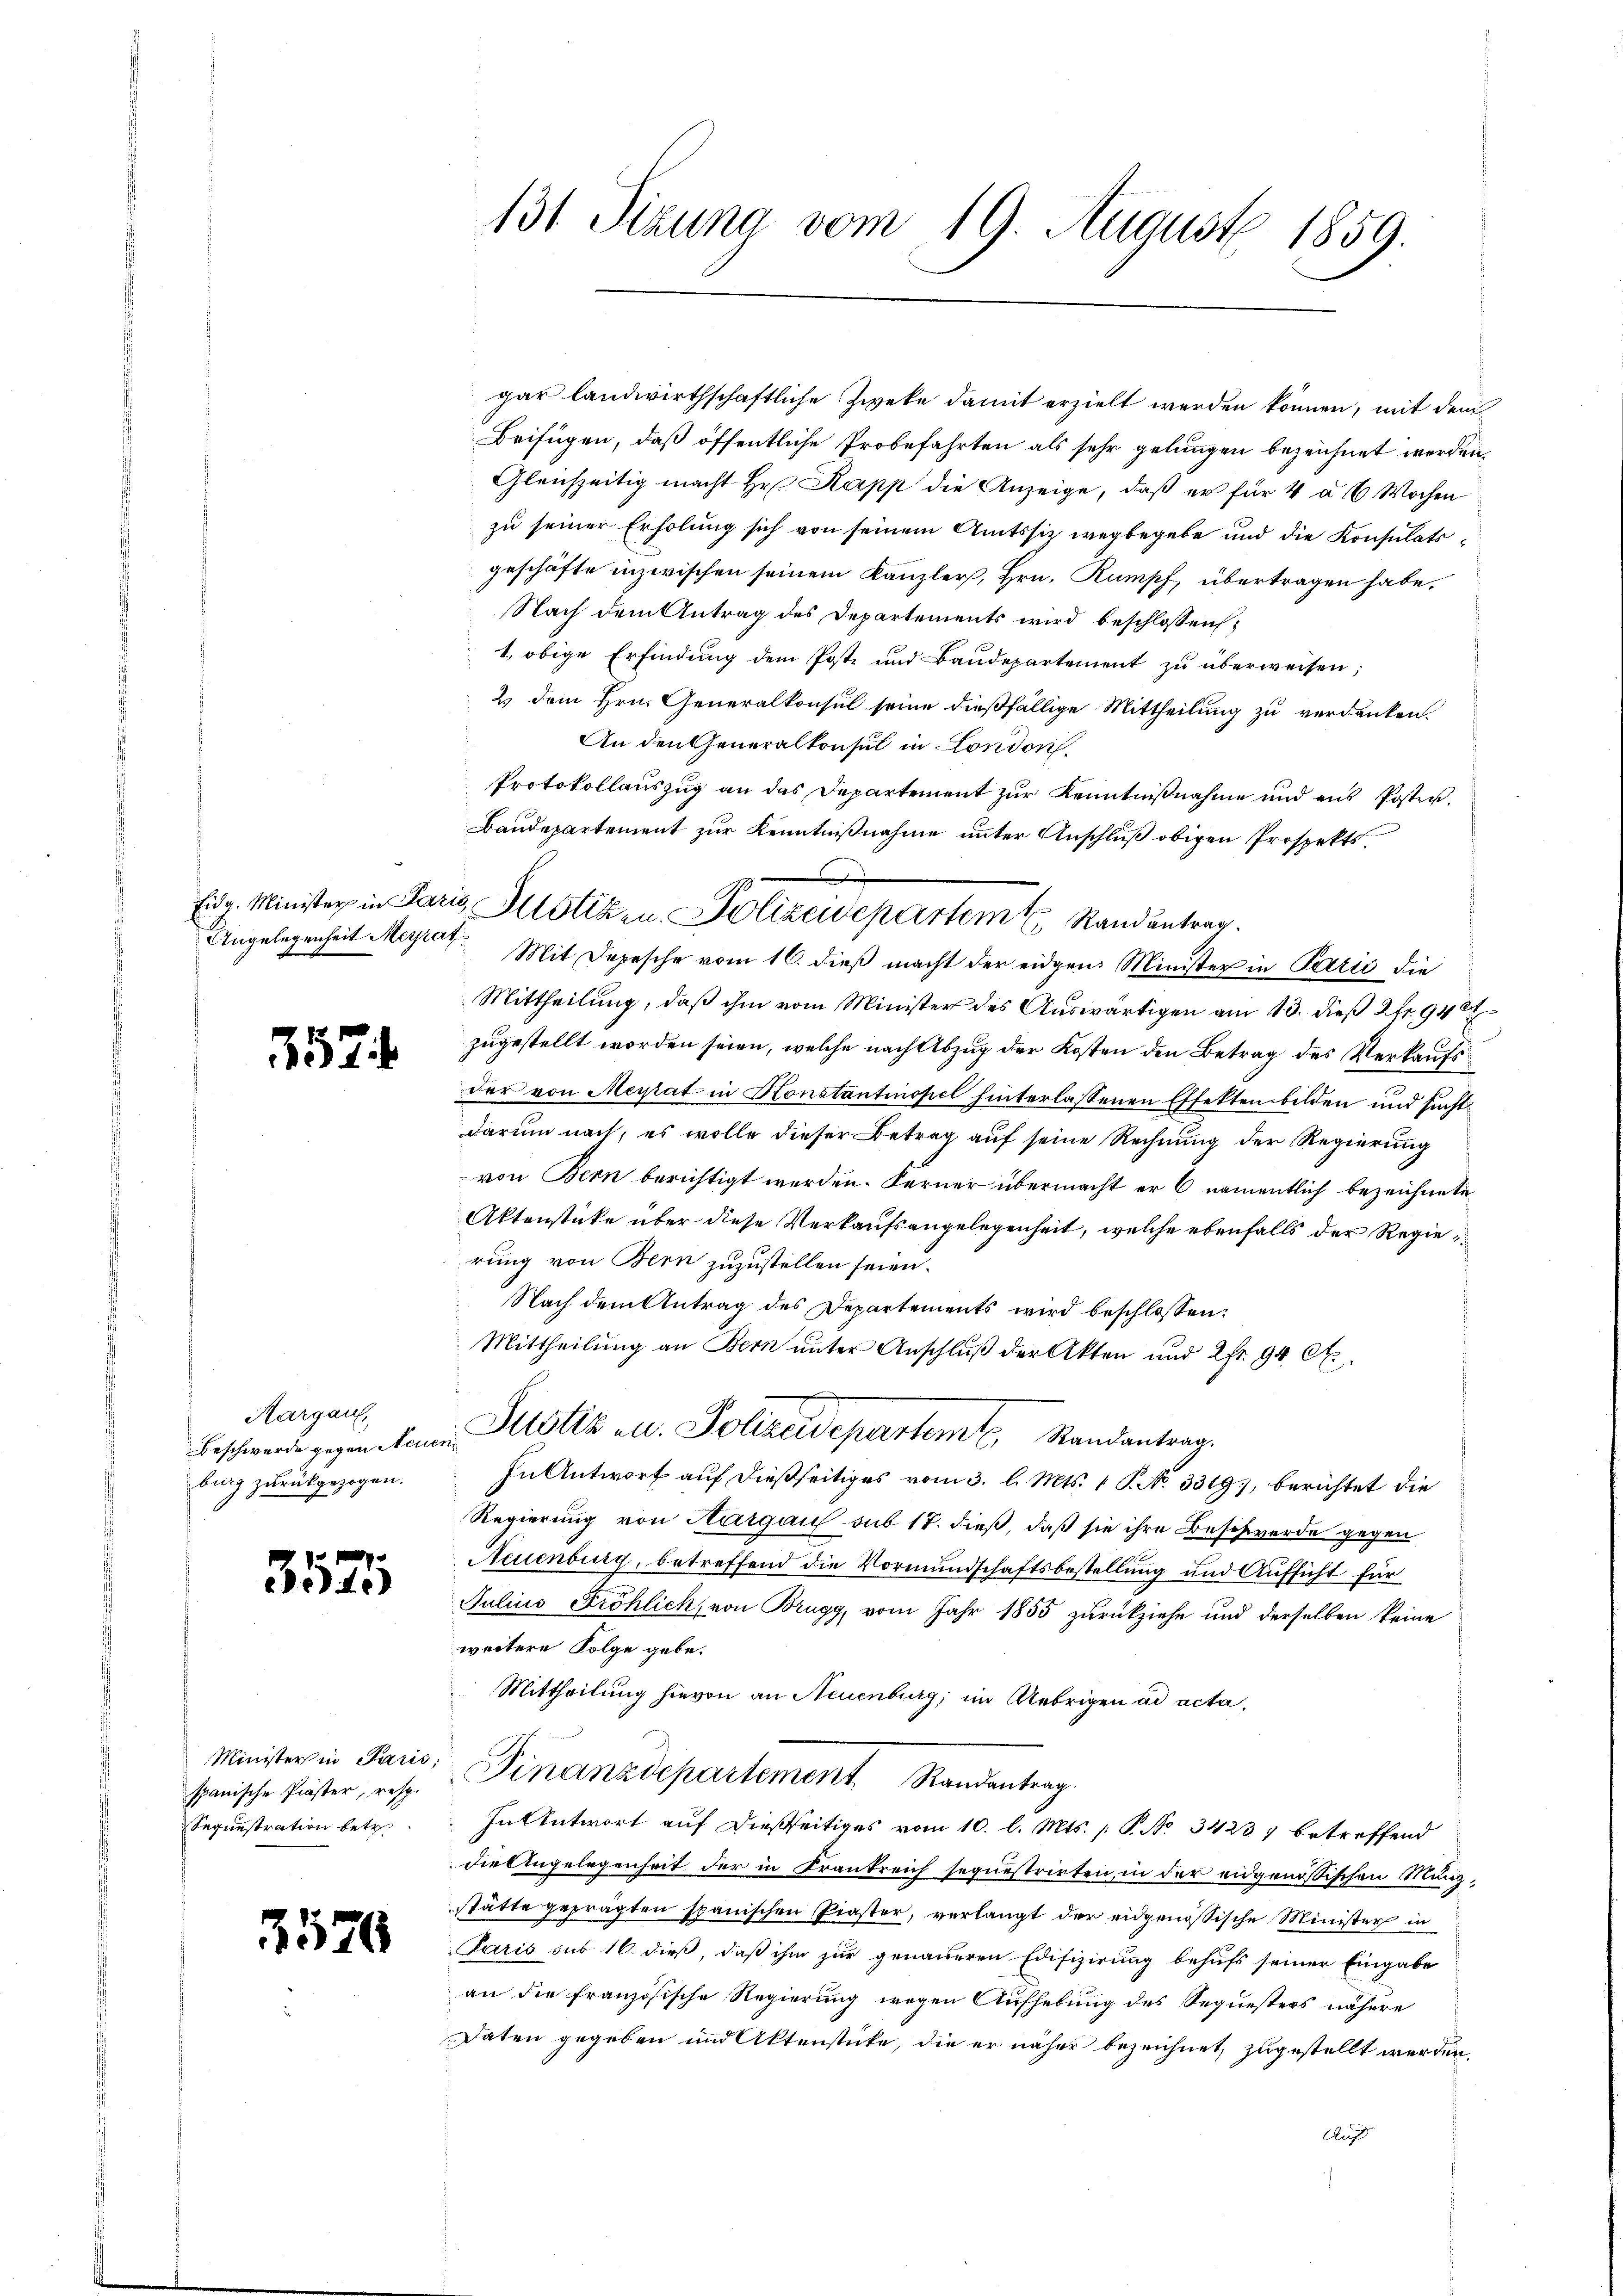
557

Aargau,
Beschwerde gegen Neuenburg zurückgezogen.

3575

Minister in Paris;
spanische Praster, resp.
Sequestration betr

2570

gar landwirthschaftliche Zweke damit erzielt werden können, mit dem
Beifügen, daß öffentliche Probefahrten als sehr gelungen bezeichnet werden.
Gleichzeitig macht Hr. Papp die Anzeige, daß er für 4 à 6 Wochen
zu seiner Erholung sich von seinem Amtssitz wegbegebe und die Konsulatsgeschäfte inzwischen seinem Kanzler, Hrn. Rumpf, übertragen habe,
Nach dem Antrag des Departements wird beschlossen:
1., obige Erfindung dem Poste und Baudepartement zu überweisen;
2. dem Hrn. Generalkonsul seine dießfällige Mittheilung zu verdanken.
An den Generalkonsul in London.
Protokollauszug an das Departement zur Kenntnißnahme und ans Posten.
Baudepartement zur Kenntnißnahme unter Anschluß obigen Prospekts¬
Angelegenheit Migrat. Mit Depesche vom 16. dieß macht der eidgen. Minister in Pazić die
Mittheilung, daß ihm vom Minister des Auswärtigen am 13. dieß 2fr. 948
zugestellt worden seien, welche nach Abzug der Kosten den Betrag des Verkaufsder von Meytat in Honstantinopel hinterlassenen Effekten bilden und sucht
darum nach, es wolle dieser Betrag auf seine Rechnung der Regierung
von Bern berichtigt werden. Ferner übermacht er 6 namentlich bezeichnete
Aktenstücke über diese Verkaufsangelegenheit, welche ebenfalls der Regierung von Bern zuzustellen seien.
Nach dem Antrag des Departements wird beschlossen:
Mittheilung an Bern unter Anschluß der Akten und 2fr. 94. C.
Justiz u. Polizeidepartemt, Randantrag.
In Antwort auf dießseitiges vom 3. l. Mts. 1 P. No. 3319, berichtet die
Regierung von Aargau sub 17. dieß, daß sie ihre Beschwerde gegen
Neuenburg, betreffend die Vormundschaftsbestellung und Aufsicht für
Julius Fröhlich, von Brugg, vom Jahr 1855 zurückziehe und derselben keine
weitere Folge gebe.
Mittheilung hievon an Neuenburg, im Uebrigen ad acta,
Finanzdepartement Randantrag.
In Antwort auf dießseitiges vom 10. l. Mts. (T. No. 3423, betreffend
die Angelegenheit der in Frankreich sequestrirten, in der eidgenössischen Münzstätte geprägten spanischen Piaster, verlangt der eidgenössische Minister in
Paris sub 16. dieß, daß ihm zur genaueren Edifizierung behufs seiner Eingabe
an die französische Regierung wegen Aufhebung des Sequesters nähere
Daten gegeben und Aktenstücke, die er näher bezeichnet, zugestellt werden,
Auf

131 Sizung vom 19. August 1859.

tiz Minister in Paris Sistik in Polizeidepartem Randantrag.